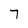
Character: 7